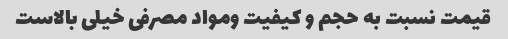
قیمت نسبت به حجم و کیفیت ومواد مصرفی خیلی بالاست